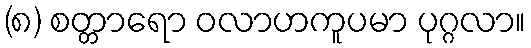
(၈) စတ္တာရော ဝလာဟကူပမာ ပုဂ္ဂလာ။